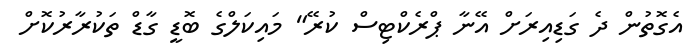
އެގޮތުން ދެ ގަޑިއިރަށް އޭނާ ޕްރެކްޓިސް ކުރޭ" މައިކަލްގެ ބޮޑީ ގާޑް ތަކުރާރުކޮށް